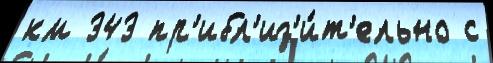
км 343 пр'ибл'из'и́т'ельно с